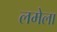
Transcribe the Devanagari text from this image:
लमेला